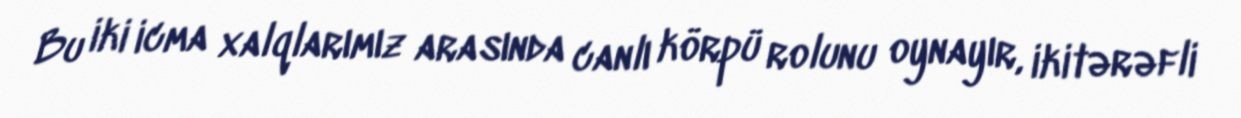
Bu iki icma xalqlarımız arasında canlı körpü rolunu oynayır, ikitərəfli